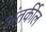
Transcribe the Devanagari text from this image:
अंतर्कील